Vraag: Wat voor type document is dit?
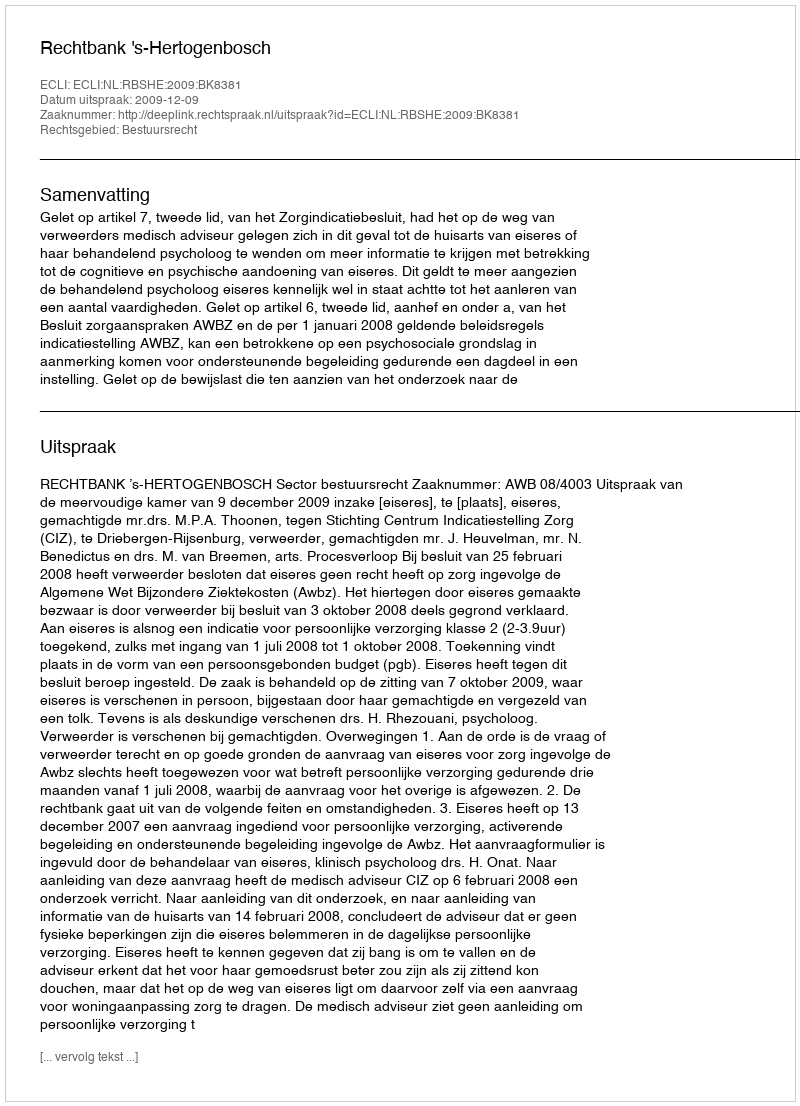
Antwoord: Uitspraak